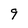
Character: 9